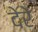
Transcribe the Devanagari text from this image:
देरे